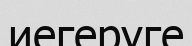
иегеруге